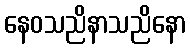
နေဝသညိနာသညိနော